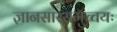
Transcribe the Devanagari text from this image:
ज्ञानसारसमुच्चयः